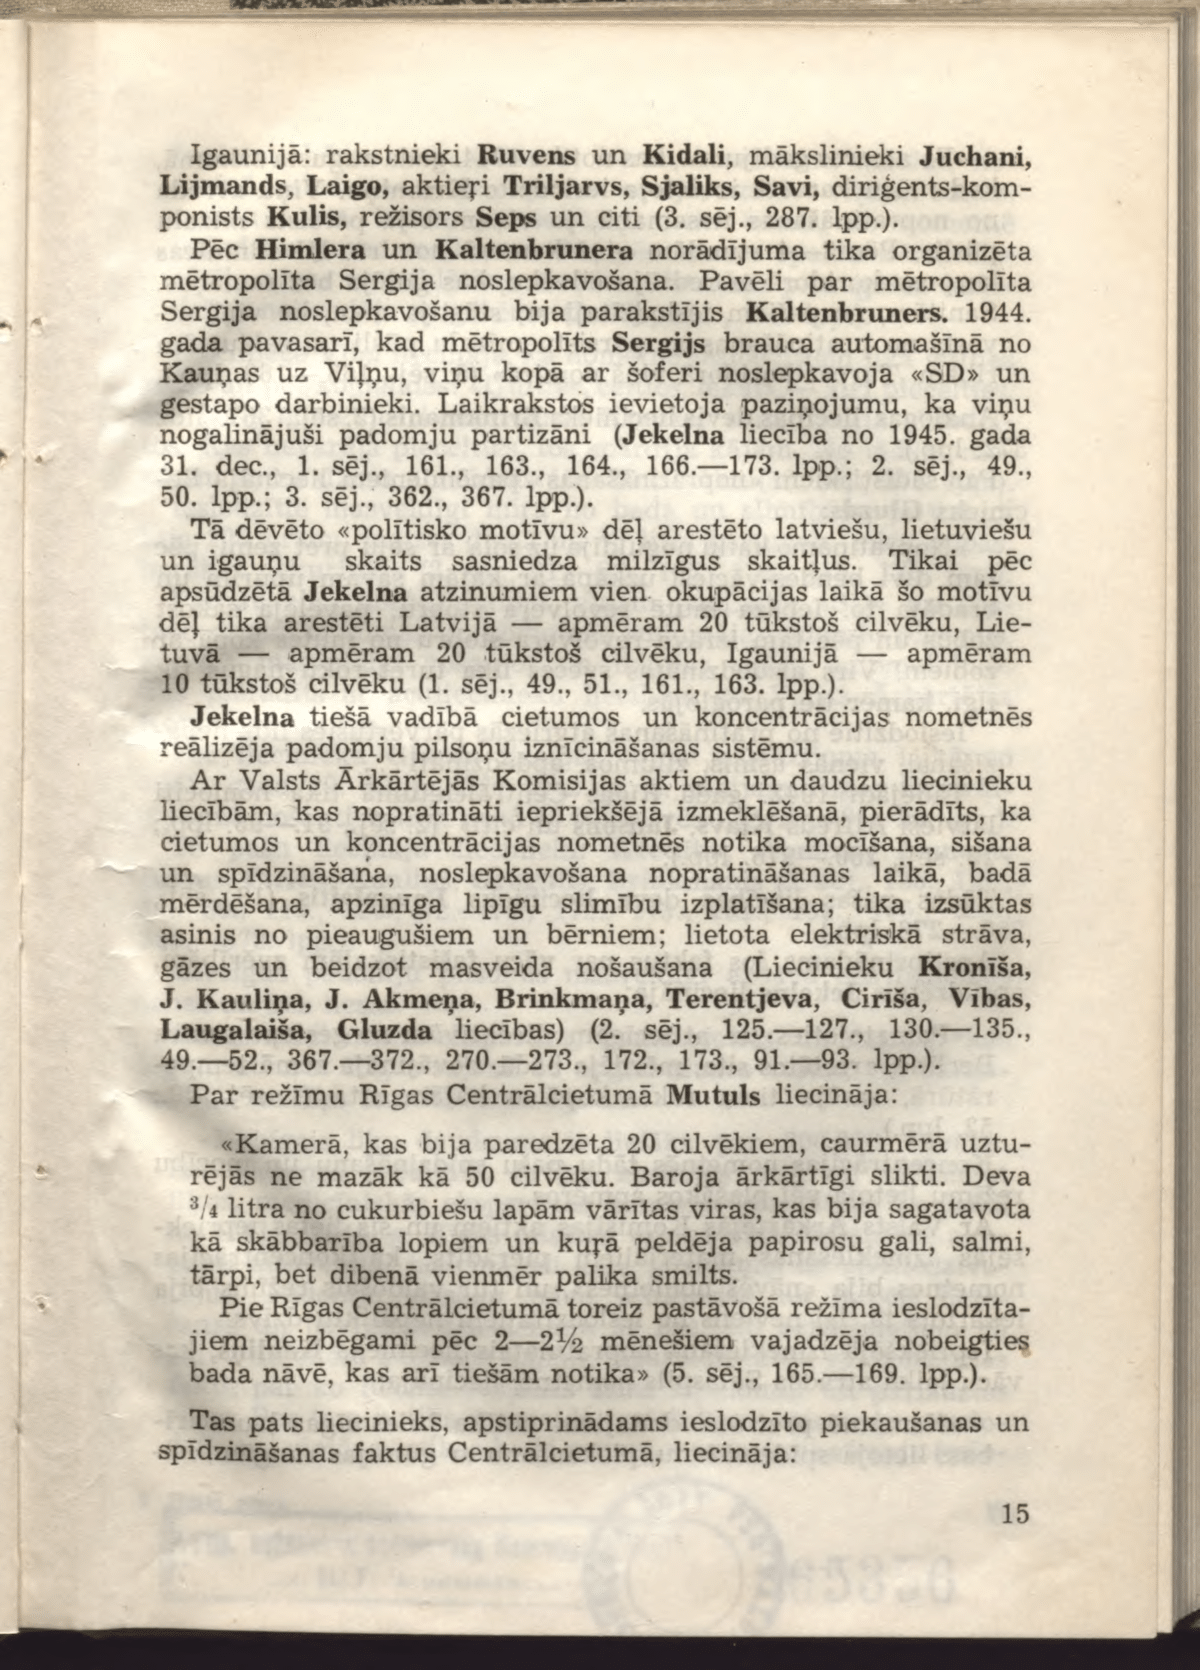
Language: lv